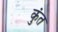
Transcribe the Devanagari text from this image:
कुंत